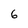
Character: 6